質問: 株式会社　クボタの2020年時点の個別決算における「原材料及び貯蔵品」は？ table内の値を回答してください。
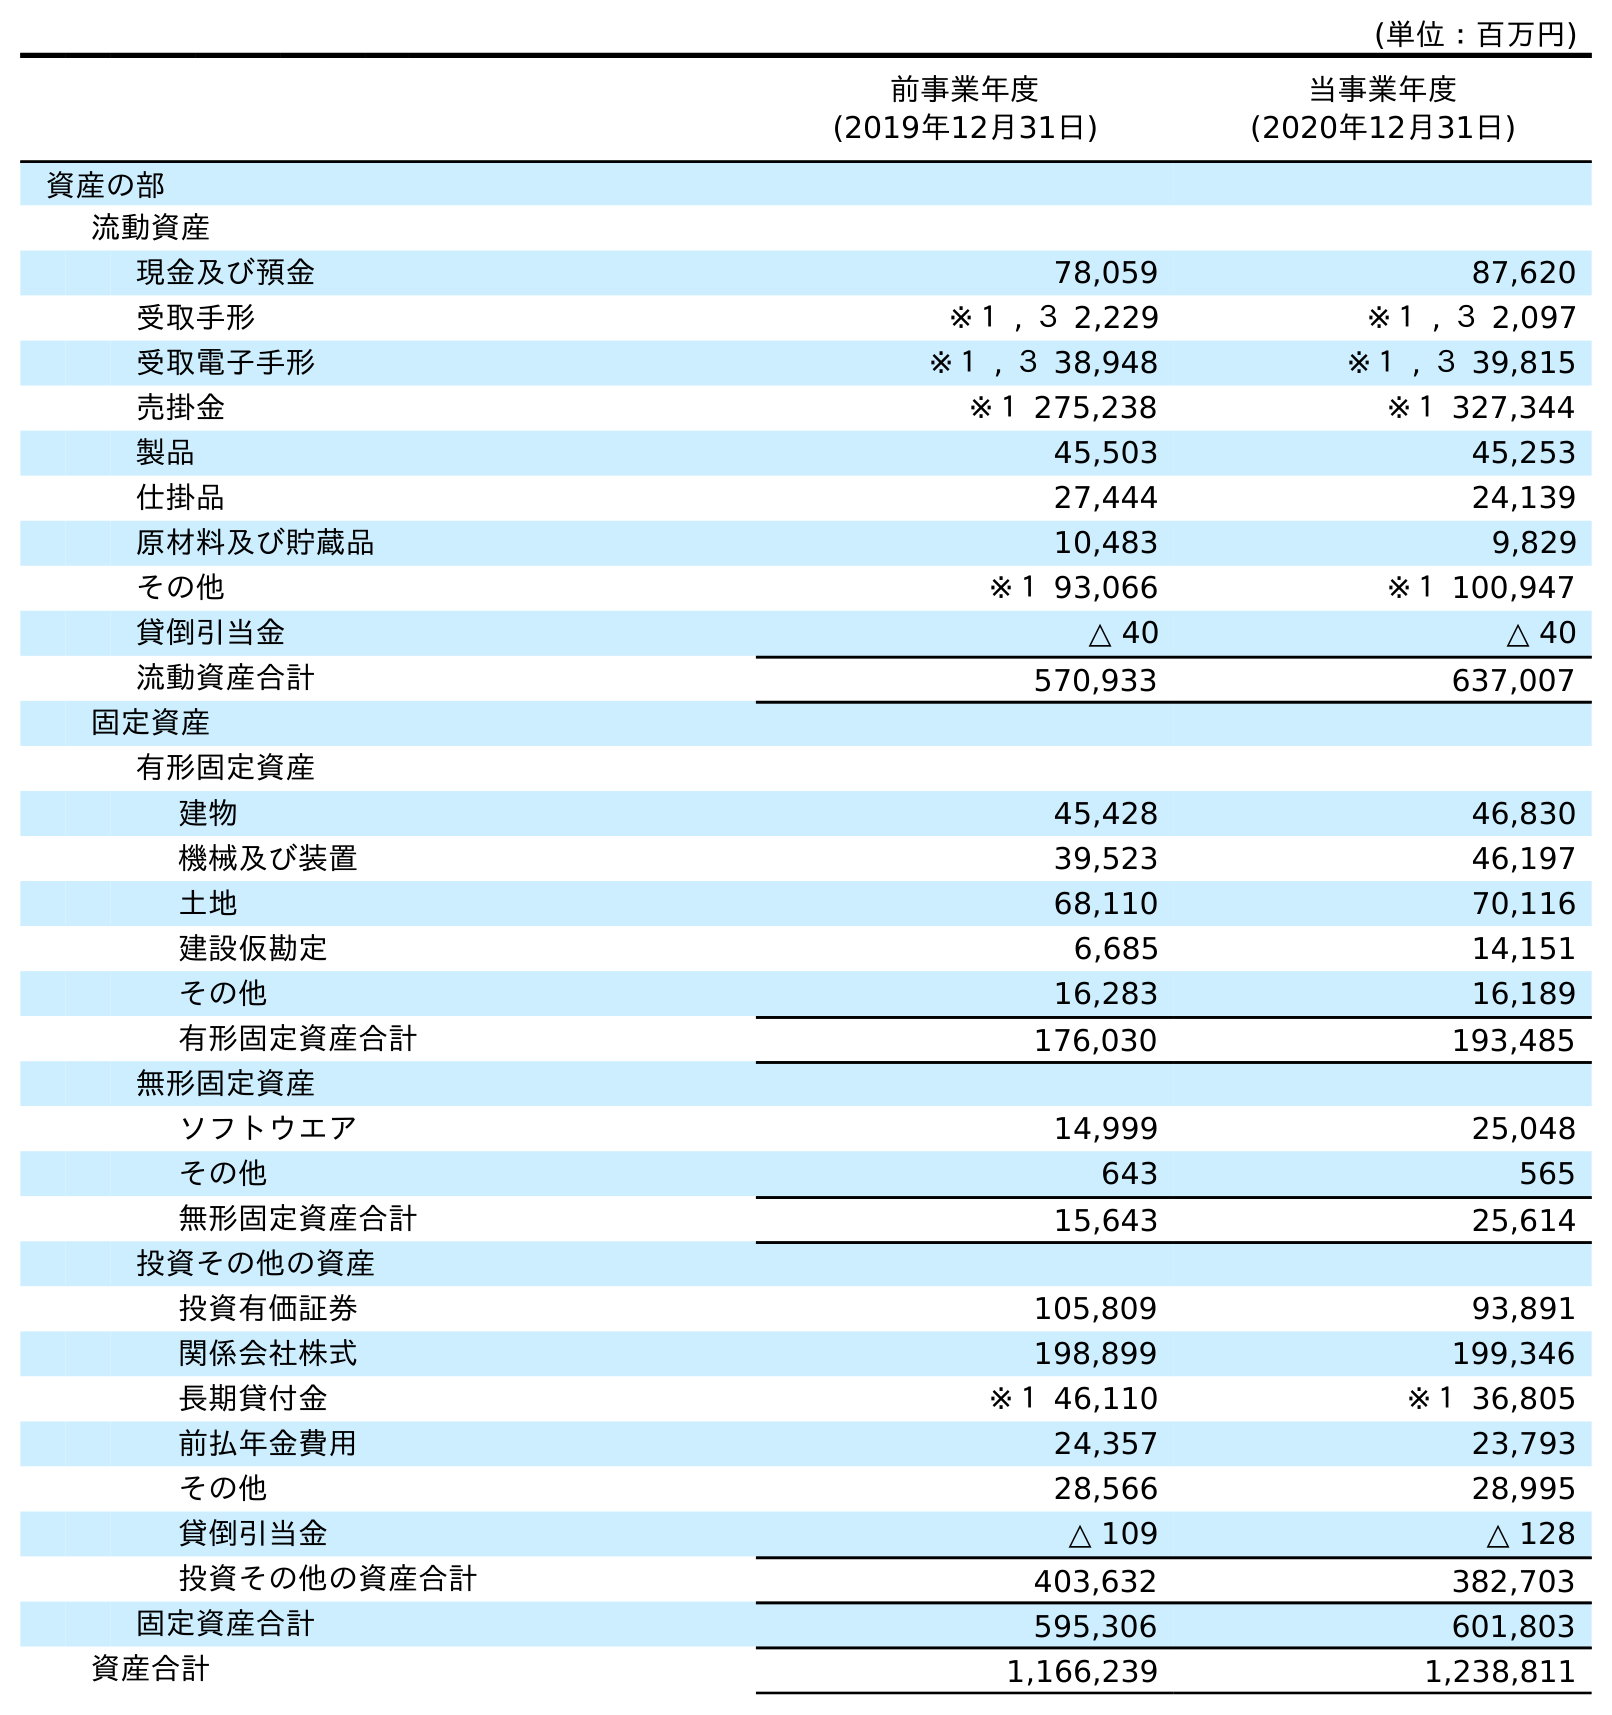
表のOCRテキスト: (単位：百万円) 前事業年度 (2019年12月31日) 当事業年度 (2020年12月31日) 資産の部 流動資産 現金及び預金 78,059 87,620 受取手形 ※１ , ３ 2,229 ※１ , ３ 2,097 受取電子手形 ※１ , ３ 38,948 ※１ , ３ 39,815 売掛金 ※１ 275,238 ※１ 327,344 製品 45,503 45,253 仕掛品 27,444 24,139 原材料及び貯蔵品 10,483 9,829 その他 ※１ 93,066 ※１ 100,947 貸倒引当金 △ 40 △ 40 流動資産合計 570,933 637,007 固定資産 有形固定資産 建物 45,428 46,830 機械及び装置 39,523 46,197 土地 68,110 70,116 建設仮勘定 6,685 14,151 その他 16,283 16,189 有形固定資産合計 176,030 193,485 無形固定資産 ソフトウエア 14,999 25,048 その他 643 565 無形固定資産合計 15,643 25,614 投資その他の資産 投資有価証券 105,809 93,891 関係会社株式 198,899 199,346 長期貸付金 ※１ 46,110 ※１ 36,805 前払年金費用 24,357 23,793 その他 28,566 28,995 貸倒引当金 △ 109 △ 128 投資その他の資産合計 403,632 382,703 固定資産合計 595,306 601,803 資産合計 1,166,239 1,238,811
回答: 9,829